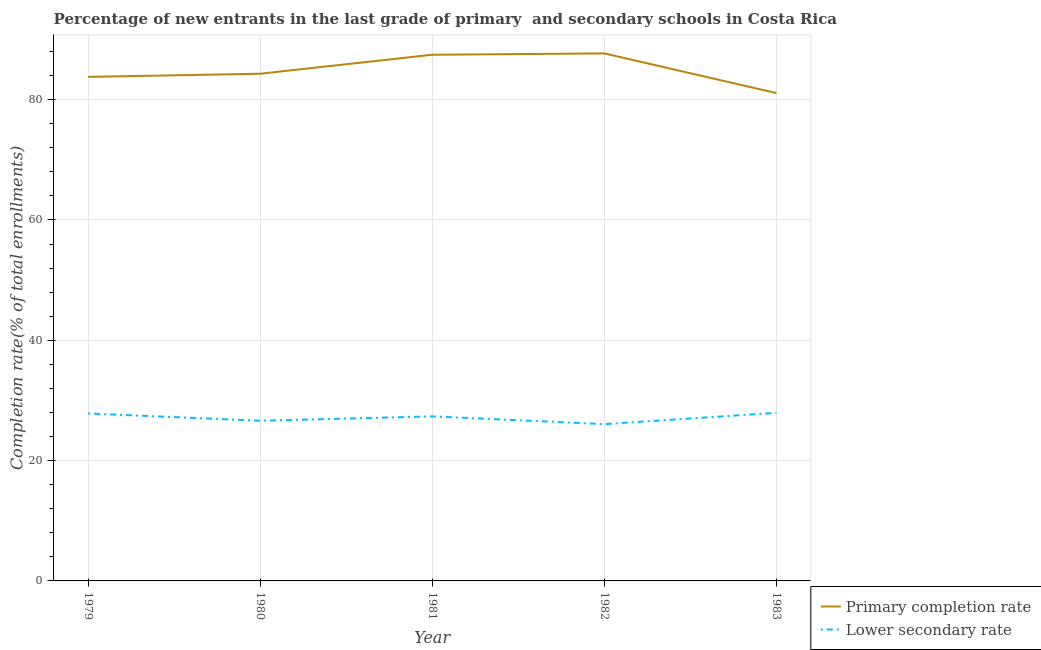
| Year | Primary completion rate | Lower secondary rate |
 | --- | --- | --- |
 | 1979 | 83.8 | 27.8 |
 | 1980 | 84.3 | 26.6 |
 | 1981 | 87.5 | 27.4 |
 | 1982 | 87.7 | 26.1 |
 | 1983 | 81.1 | 27.9 |